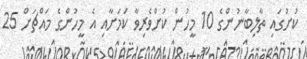
ކުށުގައި ތާލިބާނުންގެ 10 މީހުން ކުށްވެރިވާ ކަމަށާއި އެ މީހުންގެ މައްޗަށް 25